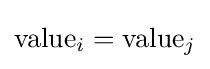
\mathrm {value} _{i}=\mathrm {value} _{j}